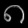
Digit: ၈